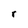
Character: r